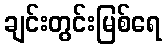
ချင်းတွင်းမြစ်ရေ